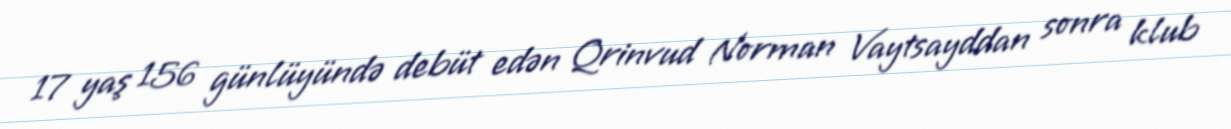
17 yaş 156 günlüyündə debüt edən Qrinvud Norman Vaytsayddan sonra klub